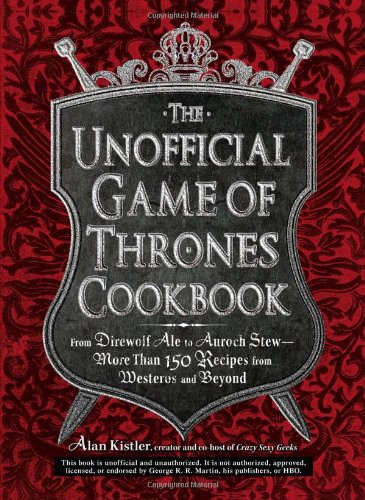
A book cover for The Unofficial Game of Thrones Cookbook: From Direwolf Ale to Auroch Stew - More Than 150 Recipes from Westeros and Beyond (Unofficial Cookbook); Alan Kistler; Humor & Entertainment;